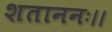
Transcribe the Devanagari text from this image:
शताननः।।